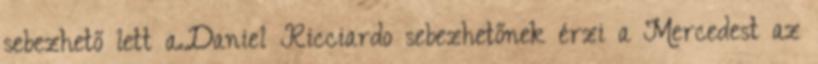
sebezhető lett a.Daniel Ricciardo sebezhetőnek érzi a Mercedest az